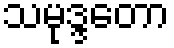
သမုဒ္ဒတော